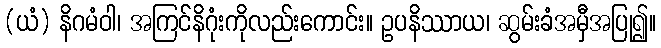
(ယံ) နိဂမံဝါ၊ အကြင်နိဂုံးကိုလည်းကောင်း။ ဥပနိဿာယ၊ ဆွမ်းခံအမှီအပြု၍။